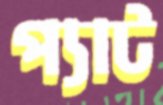
প্যাট